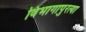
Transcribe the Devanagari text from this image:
विभागापुरत्या